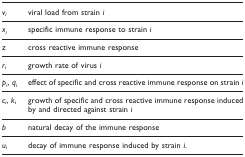
<table><thead><tr><td><b><i>v</i><sub><i>i</i></sub></b></td><td><b>viral load from strain <i>i</i></b></td></tr></thead><tbody><tr><td><i>x</i><sub><i>i</i></sub></td><td>specific immune response to strain <i>i</i></td></tr><tr><td><i>z</i></td><td>cross reactive immune response</td></tr><tr><td><i>r</i><sub><i>i</i></sub></td><td>growth rate of virus <i>i</i></td></tr><tr><td><i>p</i><sub><i>i</i></sub>, <i>q</i><sub><i>i</i></sub></td><td>effect of specific and cross reactive immune response on strain <i>i</i></td></tr><tr><td><i>c</i><sub><i>i</i></sub>, <i>k</i><sub><i>i</i></sub></td><td>growth of specific and cross reactive immune response induced by and directed against strain <i>i</i></td></tr><tr><td><i>b</i></td><td>natural decay of the immune response</td></tr><tr><td><i>u</i><sub><i>i</i></sub></td><td>decay of immune response induced by strain <i>i</i>.</td></tr></tbody></table>